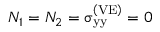
N _ { 1 } = N _ { 2 } = { \upsigma } _ { \mathrm { y y } } ^ { \left( \mathrm { V E } \right) } = 0